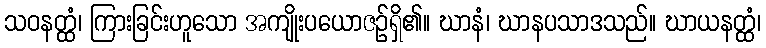
သဝနတ္ထံ၊ ကြားခြင်းဟူသော အကျိုးပယောဇဉ်ရှိ၏။ ဃာနံ၊ ဃာနပသာဒသည်။ ဃာယနတ္ထံ၊